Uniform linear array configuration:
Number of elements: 48
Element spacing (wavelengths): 0.75
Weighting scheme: uniform
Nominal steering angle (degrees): -15
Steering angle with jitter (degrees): -15.511
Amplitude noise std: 0.05
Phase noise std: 0.05

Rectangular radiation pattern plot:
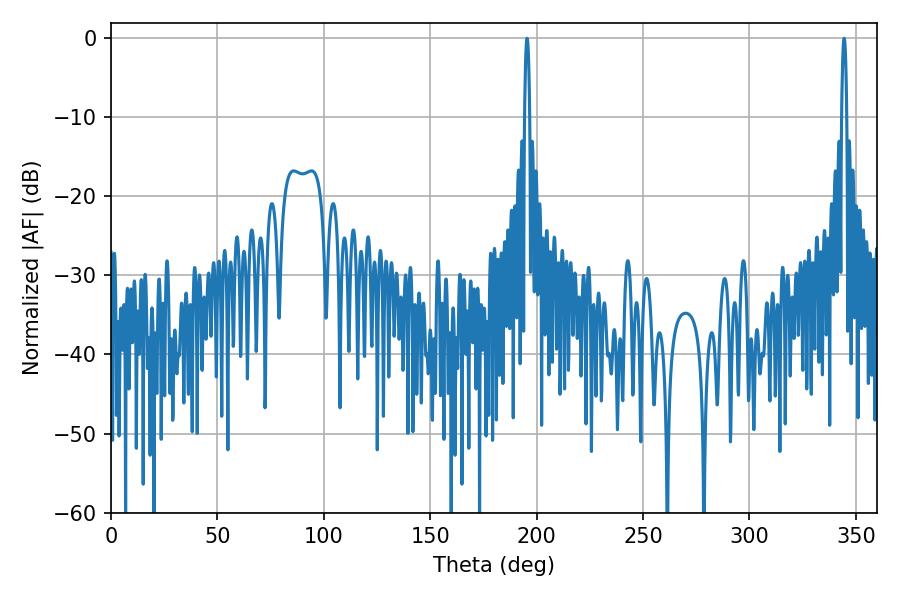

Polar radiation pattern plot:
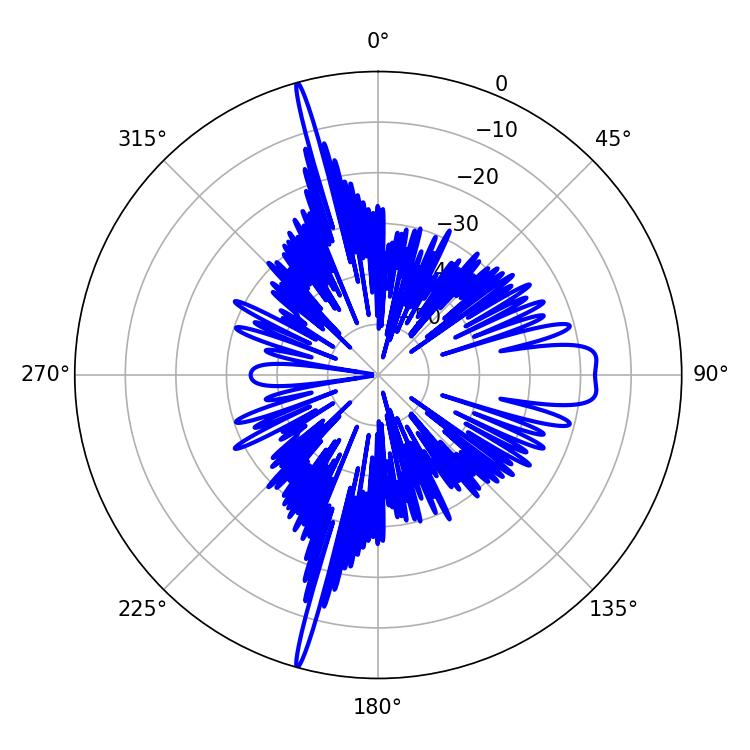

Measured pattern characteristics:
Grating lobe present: TRUE
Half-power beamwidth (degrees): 1.26
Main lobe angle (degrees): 344.52